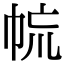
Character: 㡆